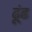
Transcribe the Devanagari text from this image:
ढ़ूंढ